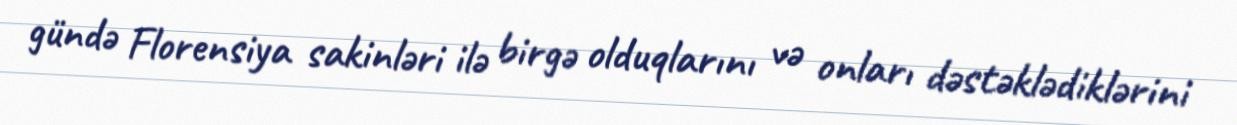
gündə Florensiya sakinləri ilə birgə olduqlarını və onları dəstəklədiklərini